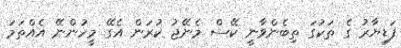
ފަޑިޔާރު ގެ ތަކުގަ ތިބެންވާނީ ކޭސް މެނޭޖު ކުރަން އެގޭ މީހުންނޭ އެއްތަމަ